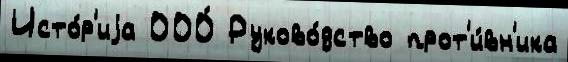
Исто́р'иjа ООО́ Руково́дство прот'и́вн'ика